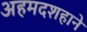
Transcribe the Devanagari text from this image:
अहमदशहाने